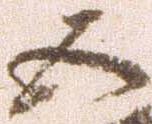
五